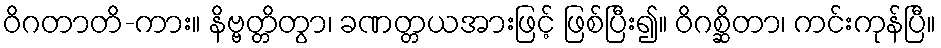
ဝိဂတာတိ-ကား။ နိဗ္ဗတ္တိတွာ၊ ခဏတ္တယအားဖြင့် ဖြစ်ပြီး၍။ ဝိဂစ္ဆိတာ၊ ကင်းကုန်ပြီ။